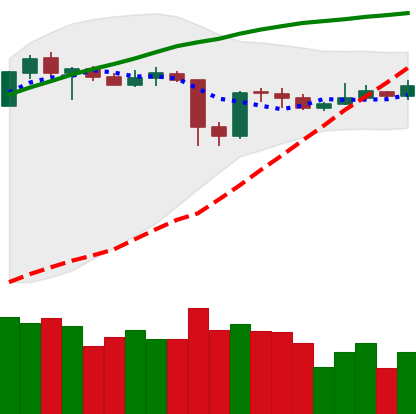
Ticker: XLM-USD
Chart end date: 2020-05-20
Forward return: -6.894%
Label: down_5_7